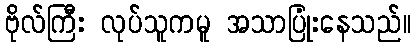
ဗိုလ်ကြီး လုပ်သူကမူ အသာပြုံးနေသည်။